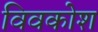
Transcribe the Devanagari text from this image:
विवकोश